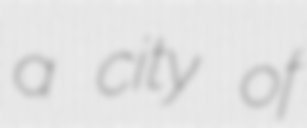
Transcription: a city of